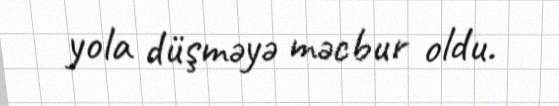
yola düşməyə məcbur oldu.